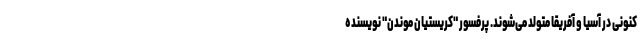
کنونی در آسیا و آفریقا متولد می‌شوند. پرفسور "کریستیان موندن" نویسنده